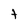
Character: t